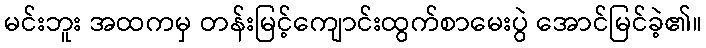
မင်းဘူး အထကမှ တန်းမြင့်ကျောင်းထွက်စာမေးပွဲ အောင်မြင်ခဲ့၏။